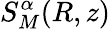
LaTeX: S_{M}^{\alpha}(R,z)